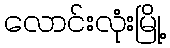
လောင်းလုံးမြို့